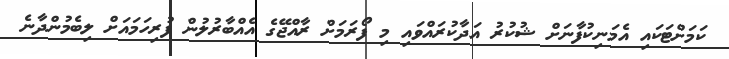
ކަމަށްޓަކައި އެމަނިކުފާނަށް ޝުކުރު އަދާކުރައްވައި މި ފޯރަމަށް ރާއްޖޭގެ އެއްބާރުލުން ފުރިހަމައަށް ލިބެމުންދާނެ